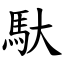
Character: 馱